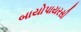
બાયોપાયરસી